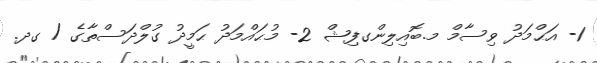
1- އަޙްމަދު ވިސާމް މ.ބޮއިލިންގފިޝް 2- މުޙައްމަދު ޙަމީދު ގުލްދަސްތާގެ / ގދ.